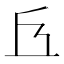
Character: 𠀈